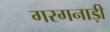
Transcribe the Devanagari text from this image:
गरगनाड़ी